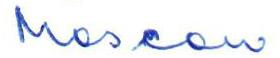
Moscow